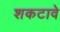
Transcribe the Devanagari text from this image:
शकटावे